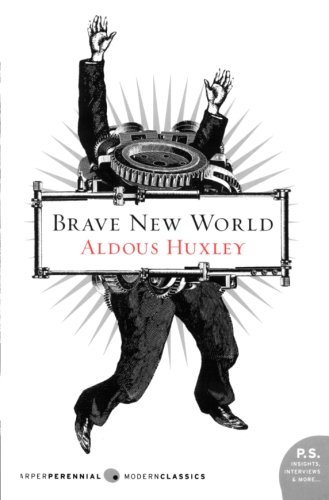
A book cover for Brave New World; Aldous Huxley; Science Fiction & Fantasy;